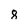
Character: 8